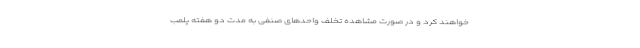
خواهند کرد و در صورت مشاهده تخلف واحدهای صنفی به مدت دو هفته پلمب